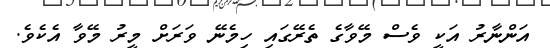
އަންނާރު އަކީ ވެސް މޭވާގެ ތެރޭގައި ހިމެނޭ ވަރަށް މީރު މޭވާ އެކެވެ.